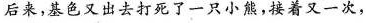
后来，基色又出去打死了一只小熊，接着又一次，